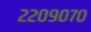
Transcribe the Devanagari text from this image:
२२०९०७०